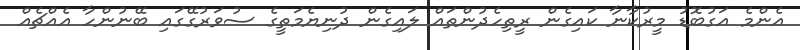
އެންމެ އަގުބޮޑު މީރުކާނާ ކައިގެން ރީތިހެދުންތައް ލައިގެން ދުނިޔެމަތީގެ ސުވަރުގޭގައި ބޭނުންހާ އެއްޗެއް